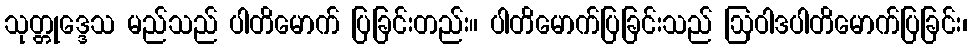
သုတ္တုဒ္ဒေသ မည်သည် ပါတိမောက် ပြခြင်းတည်း။ ပါတိမောက်ပြခြင်းသည် ဩဝါဒပါတိမောက်ပြခြင်း၊